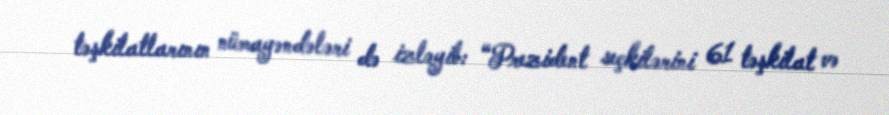
təşkilatlarının nümayəndələri də izləyib: “Prezident seçkilərini 61 təşkilat və